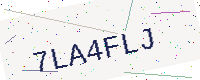
Text: 7LA4FLJ